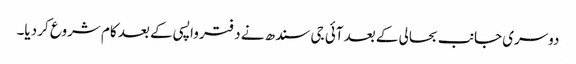
دوسری جانب بحالی کے بعد آئی جی سندھ نے دفتر واپسی کے بعد کام شروع کر دیا۔